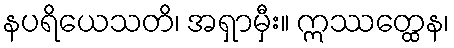
နပရိယေသတိ၊ အရှာမှီး။ ဣဿတ္ထေန၊